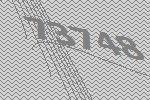
73748